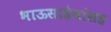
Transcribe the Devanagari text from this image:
भाऊसाहेबांसह